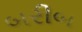
બરીબ